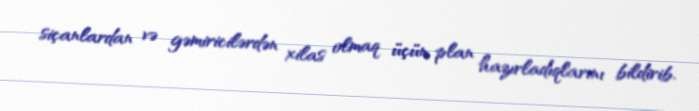
siçanlardan və gəmiricilərdən xilas olmaq üçün plan hazırladıqlarını bildirib.